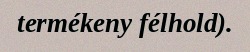
termékeny félhold).